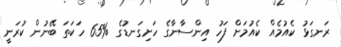
ރަނގަޅު ކެއުމެއް ކެއުމަށް ފަހު އިންސާނާގެ ހަށިގަނޑުގެ %65 ހަކަތަ ބޭނުން ކުރަނީ